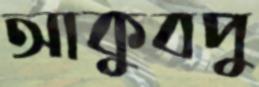
আকুবপু